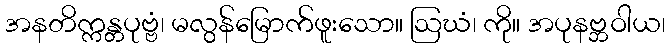
အနတိက္ကန္တပုဗ္ဗံ၊ မလွန်မြောက်ဖူးသော။ ဩဃံ၊ ကို။ အပုနဗ္ဘဝါယ၊